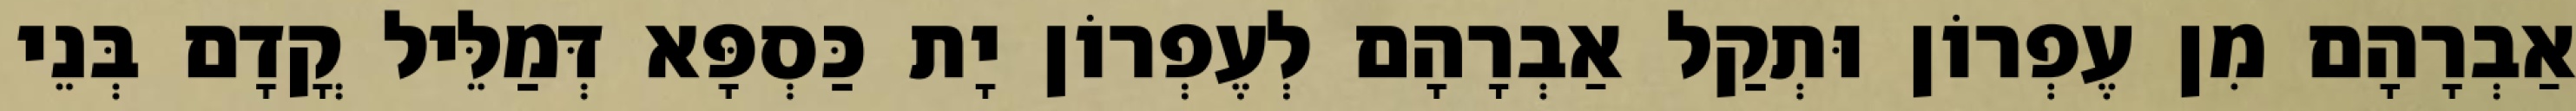
אַבְרָהָם מִן עֶפְרוֹן וּתְקַל אַבְרָהָם לְעֶפְרוֹן יָת כַּסְפָּא דְּמַלֵּיל קֳדָם בְּנֵי